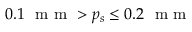
0 . 1 ~ \textrm { m m } > p _ { s } \leq 0 . 2 ~ \textrm { m m }